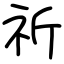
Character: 祈